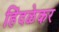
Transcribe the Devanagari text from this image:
हिंदळेकर